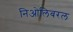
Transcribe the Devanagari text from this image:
निओलिबरल